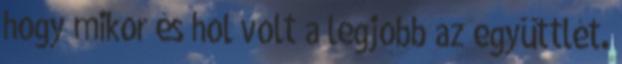
hogy mikor és hol volt a legjobb az együttlét.